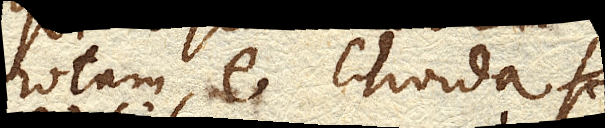
rotam e. chorda